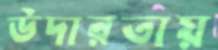
উদারতায়